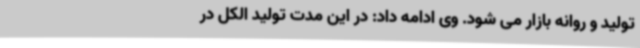
تولید و روانه بازار می شود. وی ادامه داد: در این مدت تولید الکل در